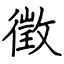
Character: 徵